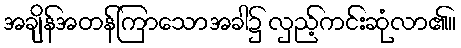
အချိန်အတန်ကြာသောအခါ၌ လှည့်ကင်းဆုံလာ၏။